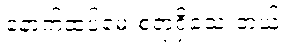
နောက်ထပ်မေးစရာရှိသေးတယ်။